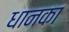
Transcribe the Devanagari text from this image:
धानका